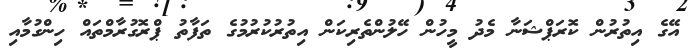
އޭގެ އިތުރުން ކޮރަޕްޝަނާ މެދު މީހުން ހޭލުންތެރިކަން އިތުރުކުރުމުގެ ތަފާތު ޕްރޮގުރާމްތައް ހިންގުމާއި